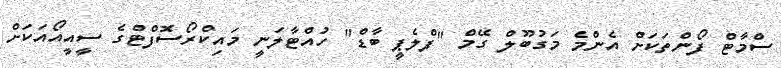
ސްމާޓް ފޯންތަކަށް އެންމެ މަގުބޫލް ގޭމް "ފްލެޕީ ބާޑް" ހުއްޓާލަނީ މައިކްރޯސޮފްޓްގެ ސީއީއޯއަކަށް